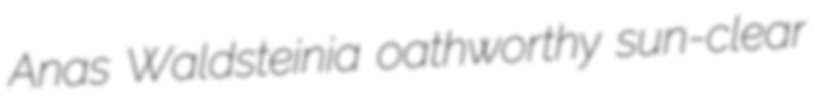
Anas Waldsteinia oathworthy sun-clear